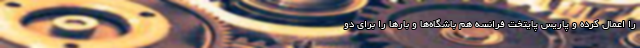
را اعمال کرده و پاریس پایتخت فرانسه هم باشگاه‌ها و بارها را برای دو